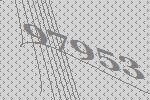
97953